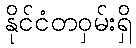
နိုင်ငံတဝှမ်းရှိ